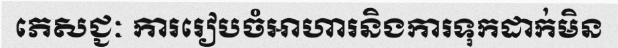
ភេសជ្ជៈ ការរៀបចំអាហារនិងការទុកដាក់មិន